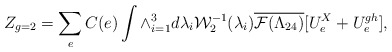
\begin{align*}Z_{g=2}=\sum_{e} C(e)\int \wedge_{i=1}^{3}d\lambda_{i}{\cal W}_{2}^{-1}(\lambda_{i}) \overline{{\cal F}(\Lambda_{24})}[U^{X}_{e}+U_{e}^{gh}],\end{align*}